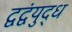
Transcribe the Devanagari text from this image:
द्वद्वंयुद्ध